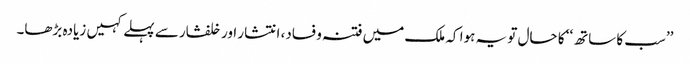
’’سب کا ساتھ‘‘ کا حال تو یہ ہوا کہ ملک میں فتنہ و فساد، انتشار اور خلفشار سے پہلے کہیں زیادہ بڑھا۔